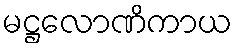
မဋ္ဌလောဏိကာယ